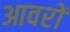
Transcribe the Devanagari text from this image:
आवरों